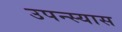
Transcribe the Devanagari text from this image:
उपन्स्यास